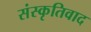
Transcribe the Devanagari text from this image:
संस्कृतिवाद